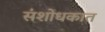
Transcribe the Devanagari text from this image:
संशोधकात